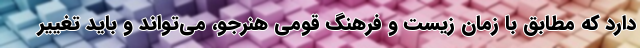
دارد که مطابق با زمان زیست و فرهنگ قومی هنرجو، می‌تواند و باید تغییر